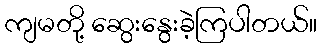
ကျမတို့ ဆွေးနွေးခဲ့ကြပါတယ်။